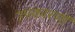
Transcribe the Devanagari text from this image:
उपकारणों